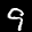
Label: 9